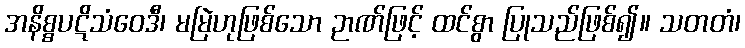
အနိစ္စပဋိသံဝေဒီ၊ မမြဲဟုဖြစ်သော ဉာဏ်ဖြင့် ထင်စွာ ပြုသည်ဖြစ်၍။ သတတံ၊